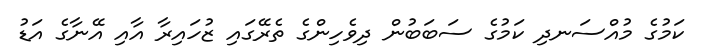
ކަމުގެ މުއްސަނދި ކަމުގެ ސަބަބުން ދިވެހިންގެ ތެރޭގައި ޒުހައިރާ އާއި އޭނާގެ އަޑު